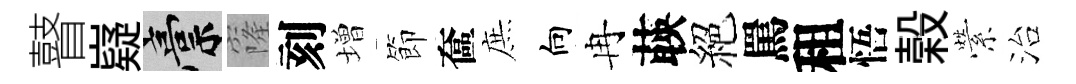
瞽嶷稿窿刻増節奩庶向冉𦴤絕罵租悟榖縈治